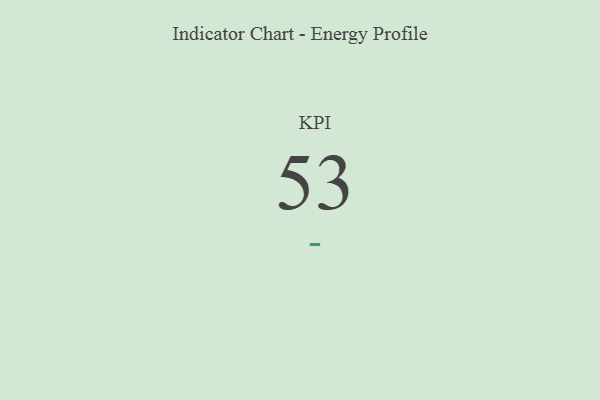
{"axis": {"x": "KPI", "y": "Value"}, "legend": [""], "data": [{"x": "KPI", "y": 53, "type": ""}]}